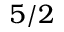
5 / 2